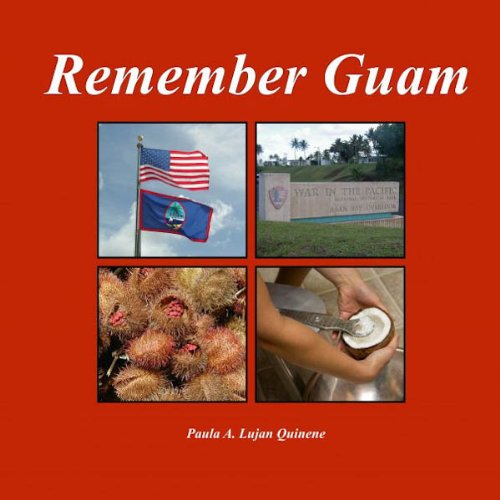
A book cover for Remember Guam; Paula Ann Lujan Quinene; Travel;